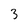
Character: 3